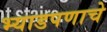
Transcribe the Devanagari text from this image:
भ्याडपणाचे